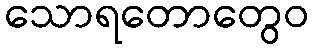
သောရတောတွေဝ